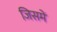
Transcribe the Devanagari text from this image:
जिसमें